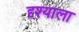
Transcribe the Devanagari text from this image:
दृश्याला